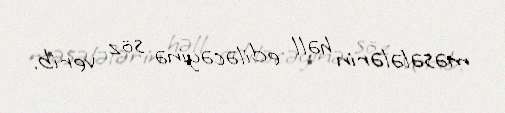
məsələlərin həll ediləcəyinə söz verib.